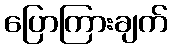
ပြောကြားချက်